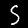
Digit: 5